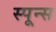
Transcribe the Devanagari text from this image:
स्पून्स